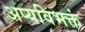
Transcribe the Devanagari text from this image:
अप्यविभक्तं